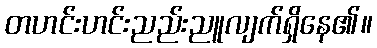
တဟင်းဟင်းညည်းညူလျက်ရှိနေ၏။